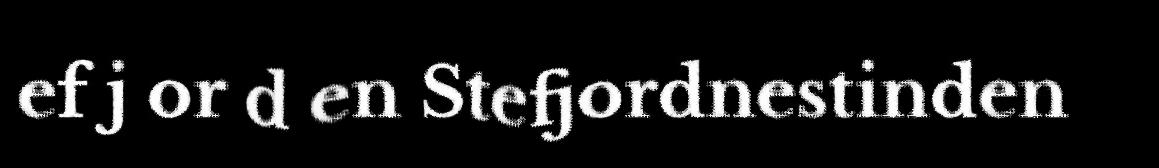
ef j or d en Stefjordnestinden